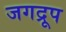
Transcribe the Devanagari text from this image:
जगद्रूप